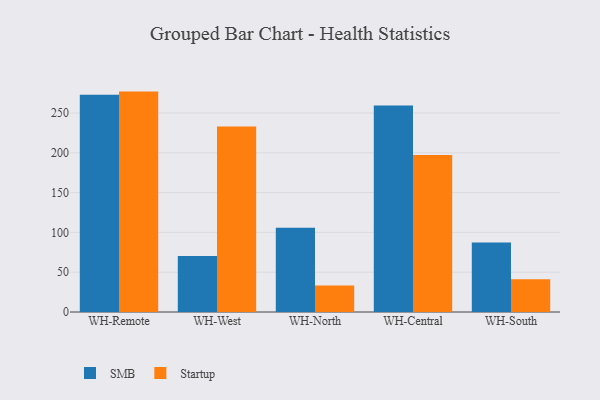
{"axis": {"x": "Warehouse", "y": "Production Output"}, "legend": ["SMB", "Startup"], "data": [{"x": "WH-Remote", "y": 272.9, "type": "SMB"}, {"x": "WH-Remote", "y": 276.9, "type": "Startup"}, {"x": "WH-West", "y": 70.2, "type": "SMB"}, {"x": "WH-West", "y": 233.2, "type": "Startup"}, {"x": "WH-North", "y": 106.0, "type": "SMB"}, {"x": "WH-North", "y": 33.3, "type": "Startup"}, {"x": "WH-Central", "y": 259.4, "type": "SMB"}, {"x": "WH-Central", "y": 197.2, "type": "Startup"}, {"x": "WH-South", "y": 87.4, "type": "SMB"}, {"x": "WH-South", "y": 41.3, "type": "Startup"}]}